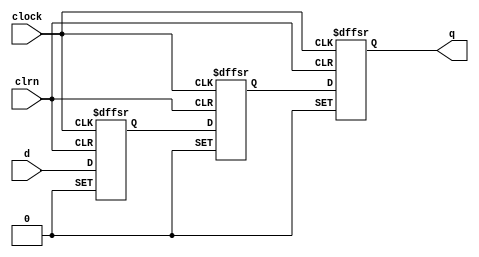
module  finalproject_clocks_dffpipe_l2c
	(
	clock,
	clrn,
	d,
	q) /* synthesis synthesis_clearbox=1 */;
	input   clock;
	input   clrn;
	input   [0:0]  d;
	output   [0:0]  q;
`ifndef ALTERA_RESERVED_QIS
// synopsys translate_off
`endif
	tri0   clock;
	tri1   clrn;
`ifndef ALTERA_RESERVED_QIS
// synopsys translate_on
`endif
	reg	[0:0]	dffe4a;
	reg	[0:0]	dffe5a;
	reg	[0:0]	dffe6a;
	wire ena;
	wire prn;
	wire sclr;
	// synopsys translate_off
	initial
		dffe4a = 0;
	// synopsys translate_on
	always @ ( posedge clock or  negedge prn or  negedge clrn)
		if (prn == 1'b0) dffe4a <= {1{1'b1}};
		else if (clrn == 1'b0) dffe4a <= 1'b0;
		else if  (ena == 1'b1)   dffe4a <= (d & (~ sclr));
	// synopsys translate_off
	initial
		dffe5a = 0;
	// synopsys translate_on
	always @ ( posedge clock or  negedge prn or  negedge clrn)
		if (prn == 1'b0) dffe5a <= {1{1'b1}};
		else if (clrn == 1'b0) dffe5a <= 1'b0;
		else if  (ena == 1'b1)   dffe5a <= (dffe4a & (~ sclr));
	// synopsys translate_off
	initial
		dffe6a = 0;
	// synopsys translate_on
	always @ ( posedge clock or  negedge prn or  negedge clrn)
		if (prn == 1'b0) dffe6a <= {1{1'b1}};
		else if (clrn == 1'b0) dffe6a <= 1'b0;
		else if  (ena == 1'b1)   dffe6a <= (dffe5a & (~ sclr));
	assign
		ena = 1'b1,
		prn = 1'b1,
		q = dffe6a,
		sclr = 1'b0;
endmodule